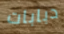
دبابات